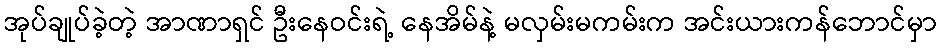
အုပ်ချုပ်ခဲ့တဲ့ အာဏာရှင် ဦးနေဝင်းရဲ့ နေအိမ်နဲ့ မလှမ်းမကမ်းက အင်းယားကန်ဘောင်မှာ